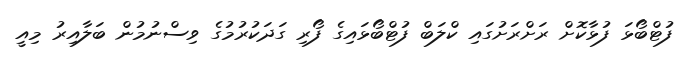
ފުޓްބޯޅަ ފުޅާކޮށް ރަށްރަށުގައި ކްލަބް ފުޓްބޯޅައިގެ ފޯރި ގަދަކުރުމުގެ ވިސްނުމުން ބަލާއިރު މިއީ